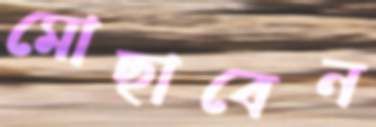
মোছাবেন